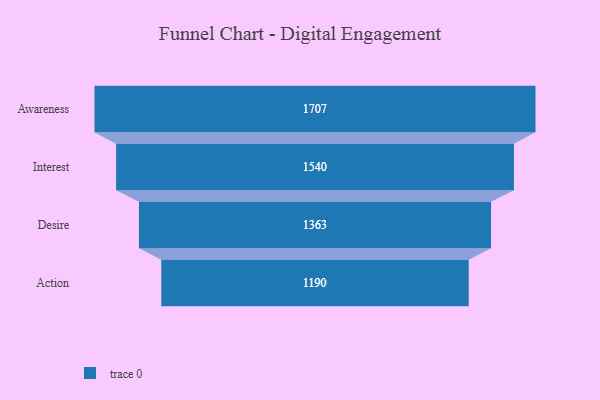
{"axis": {"x": "Stage", "y": "Value"}, "legend": [""], "data": [{"x": "Awareness", "y": 1707.0, "type": ""}, {"x": "Interest", "y": 1540.0, "type": ""}, {"x": "Desire", "y": 1363.0, "type": ""}, {"x": "Action", "y": 1190.0, "type": ""}]}